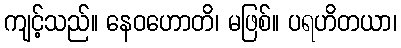
ကျင့်သည်။ နေဝဟောတိ၊ မဖြစ်။ ပရဟိတယာ၊